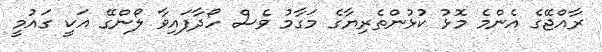
ރާއްޖޭގެ އެންމެ މޮޅު ކުޅުންތެރިޔާގެ މަގާމު ވެސް ހޯދާފައިވާ ލޯންގޭ އަކީ ގައުމީ